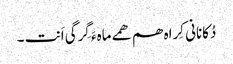
دُکانانی کِراہ ھم ھمے ماہءَ گِرگی اَنت ۔